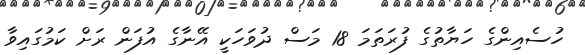
ހުސެއިންގެ ހަޔާތުގެ ފުރަތަމަ 18 މަސް ދުވަހަކީ އޭނާގެ އުފަން ރަށް ކަމުގައިވާ